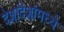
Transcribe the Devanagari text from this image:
देशांदेशांमध्ये